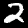
Digit: 2